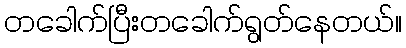
တခေါက်ပြီးတခေါက်ရွတ်နေတယ်။